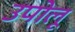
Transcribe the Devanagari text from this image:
उपोलू